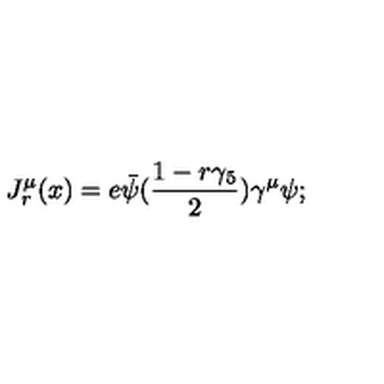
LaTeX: J _ { r } ^ { \mu } ( x ) = e \bar { \psi } ( { \frac { 1 - r \gamma _ { 5 } } { 2 } } ) \gamma ^ { \mu } \psi ;